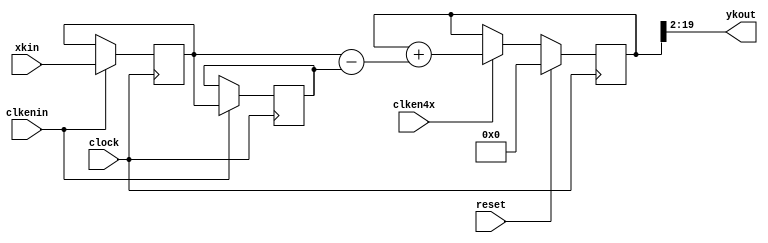
/*-----------------------------------------------------------

 	jca@fe.up.pt, Nov 2018
	
	This Verilog code is proprietary of University of Porto
	Its utilization beyond the scope of the course Digital Systems Design
	(Projeto de Sistemas Digitais) of the Integrated Master in Electrical 
	and Computer Engineering requires explicit authorization from the author.

	
    interpol4x - 4X linear interpolator

    Output ykout is the linear interpolated signal applied at input xkin, with a 
	sampling frequency equal to 4X the frequency of the input data.

    clkenin is a clock enable signal (set to 1 during a single clock period) that 
	synchronizes the arrival of the input data at xkin.

    clken4x is a clock enable signal that must have a frequency 4 times higher than
    clkenin
  	
	Input xkin is valid with clock enable clkenin and output ykout is valid with clken4x
	
-----------------------------------------------------------*/

`timescale 1ns/1ps

// Select the initial model or the new model
// `define INTERPOL_MODEL_1  // Uncomment to use the previous interpolator model
`define INTERPOL_MODEL_2  // Uncomment to use the new interpolator model
//`define OUTPUT_DELAYED    // USE ONLY with INTERPOL_MODEL_2

module interpol4x
         ( input         clock,        // Master clock
           input         reset,        // Master synchronous reset, active high
	       input         clkenin,      // clock enable for input data (Fs)
	       input         clken4x,      // 4 x input Fs clock enable
		   
           input  signed [17:0] xkin,      // input signal

           `ifdef INTERPOL_MODEL_1
	       output reg signed [17:0] ykout      // output signal
           `endif

           `ifdef INTERPOL_MODEL_2
	       output signed [17:0] ykout      // output signal
           `endif
	     );



//------------- The first model of the interpolator	 
`ifdef INTERPOL_MODEL_1	 

// Input register
reg signed [17:0] xkr;
always @(posedge clock)
if ( reset )
begin
  xkr <= 18'd0;
end
else
begin
  if ( clkenin )
    xkr <= xkin;
end


// Upsample x 4
reg signed [17:0] xkus;
always @(posedge clock)
if ( reset )
begin
  xkus <= 18'd0;
end
else
begin
  if ( clken4x )
  begin
    if ( clkenin )
      xkus <= xkr;
	else
	  xkus <= 18'd0;
  end
end

// Fir registers, 21 bits:
reg signed [20:0] r0, r1, r2, r3, r4, r5, r6;


always @(posedge clock)
if ( reset )
begin
  r0 <= 21'd0;
  r1 <= 21'd0;
  r2 <= 21'd0;
  r3 <= 21'd0;
  r4 <= 21'd0;
  r5 <= 21'd0;
  r6 <= 21'd0;
  ykout <= 17'd0;
end
else
begin
  if ( clken4x )
  begin
    r0 <= xkus;
    r1 <= r0 + xkus * 2 ;
    r2 <= r1 + xkus * 3 ;
    r3 <= r2 + xkus * 4 ;
    r4 <= r3 + xkus * 3 ;
    r5 <= r4 + xkus * 2 ;
    r6 <= r5 + xkus;
    ykout <= r6 >>> 2; // signed divide by 4
  end
end
`endif  // ifdef INTERPOL_MODEL_1



//------------- The second model of the interpolator	
`ifdef INTERPOL_MODEL_2
	 
wire signed [18:0] diff;

reg signed [17:0] r1 = 0 , r2 = 0;

// reg signed [20:0] accum = 0;
reg signed [21:0] accum = 0;

always @(posedge clock)
  if ( clkenin )
  begin
    r1 <= xkin;
	r2 <= r1;
  end

		 
assign 	diff = r1 - r2; 
		 
always @(posedge clock)
if ( reset )
  accum <= 0;
else
  if ( clken4x )
  begin
    accum <= accum + diff;
  end
  

`ifdef OUTPUT_DELAYED
reg [17:0] R5, R4, R3, R2, R1;
always @(posedge clock)
if ( reset )
begin
  R5 <= 0;
  R4 <= 0;
  R3 <= 0;
  R2 <= 0;
  R1 <= 0;
end
else
if ( clken4x )
begin
  R5 <= accum[19:2];
  R4 <= R5;
  R3 <= R4;
  R2 <= R3;
  R1 <= R2;
end
assign ykout = R1;

`else

assign ykout = accum[19:2];
// assign ykout = accum[20:3];     // uncomment for 8X interpolator

`endif  // ifdef OUTPUT_DELAYED

`endif  // ifdef INTERPOL_MODEL_2
		 

endmodule